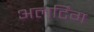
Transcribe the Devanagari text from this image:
अलर्टिंग